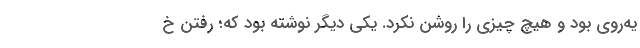
یه‌روی بود و هیچ چیزی را روشن نکرد. یکی دیگر نوشته بود که؛ رفتن خ